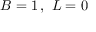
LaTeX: \, B = 1 \, , ~ L = 0